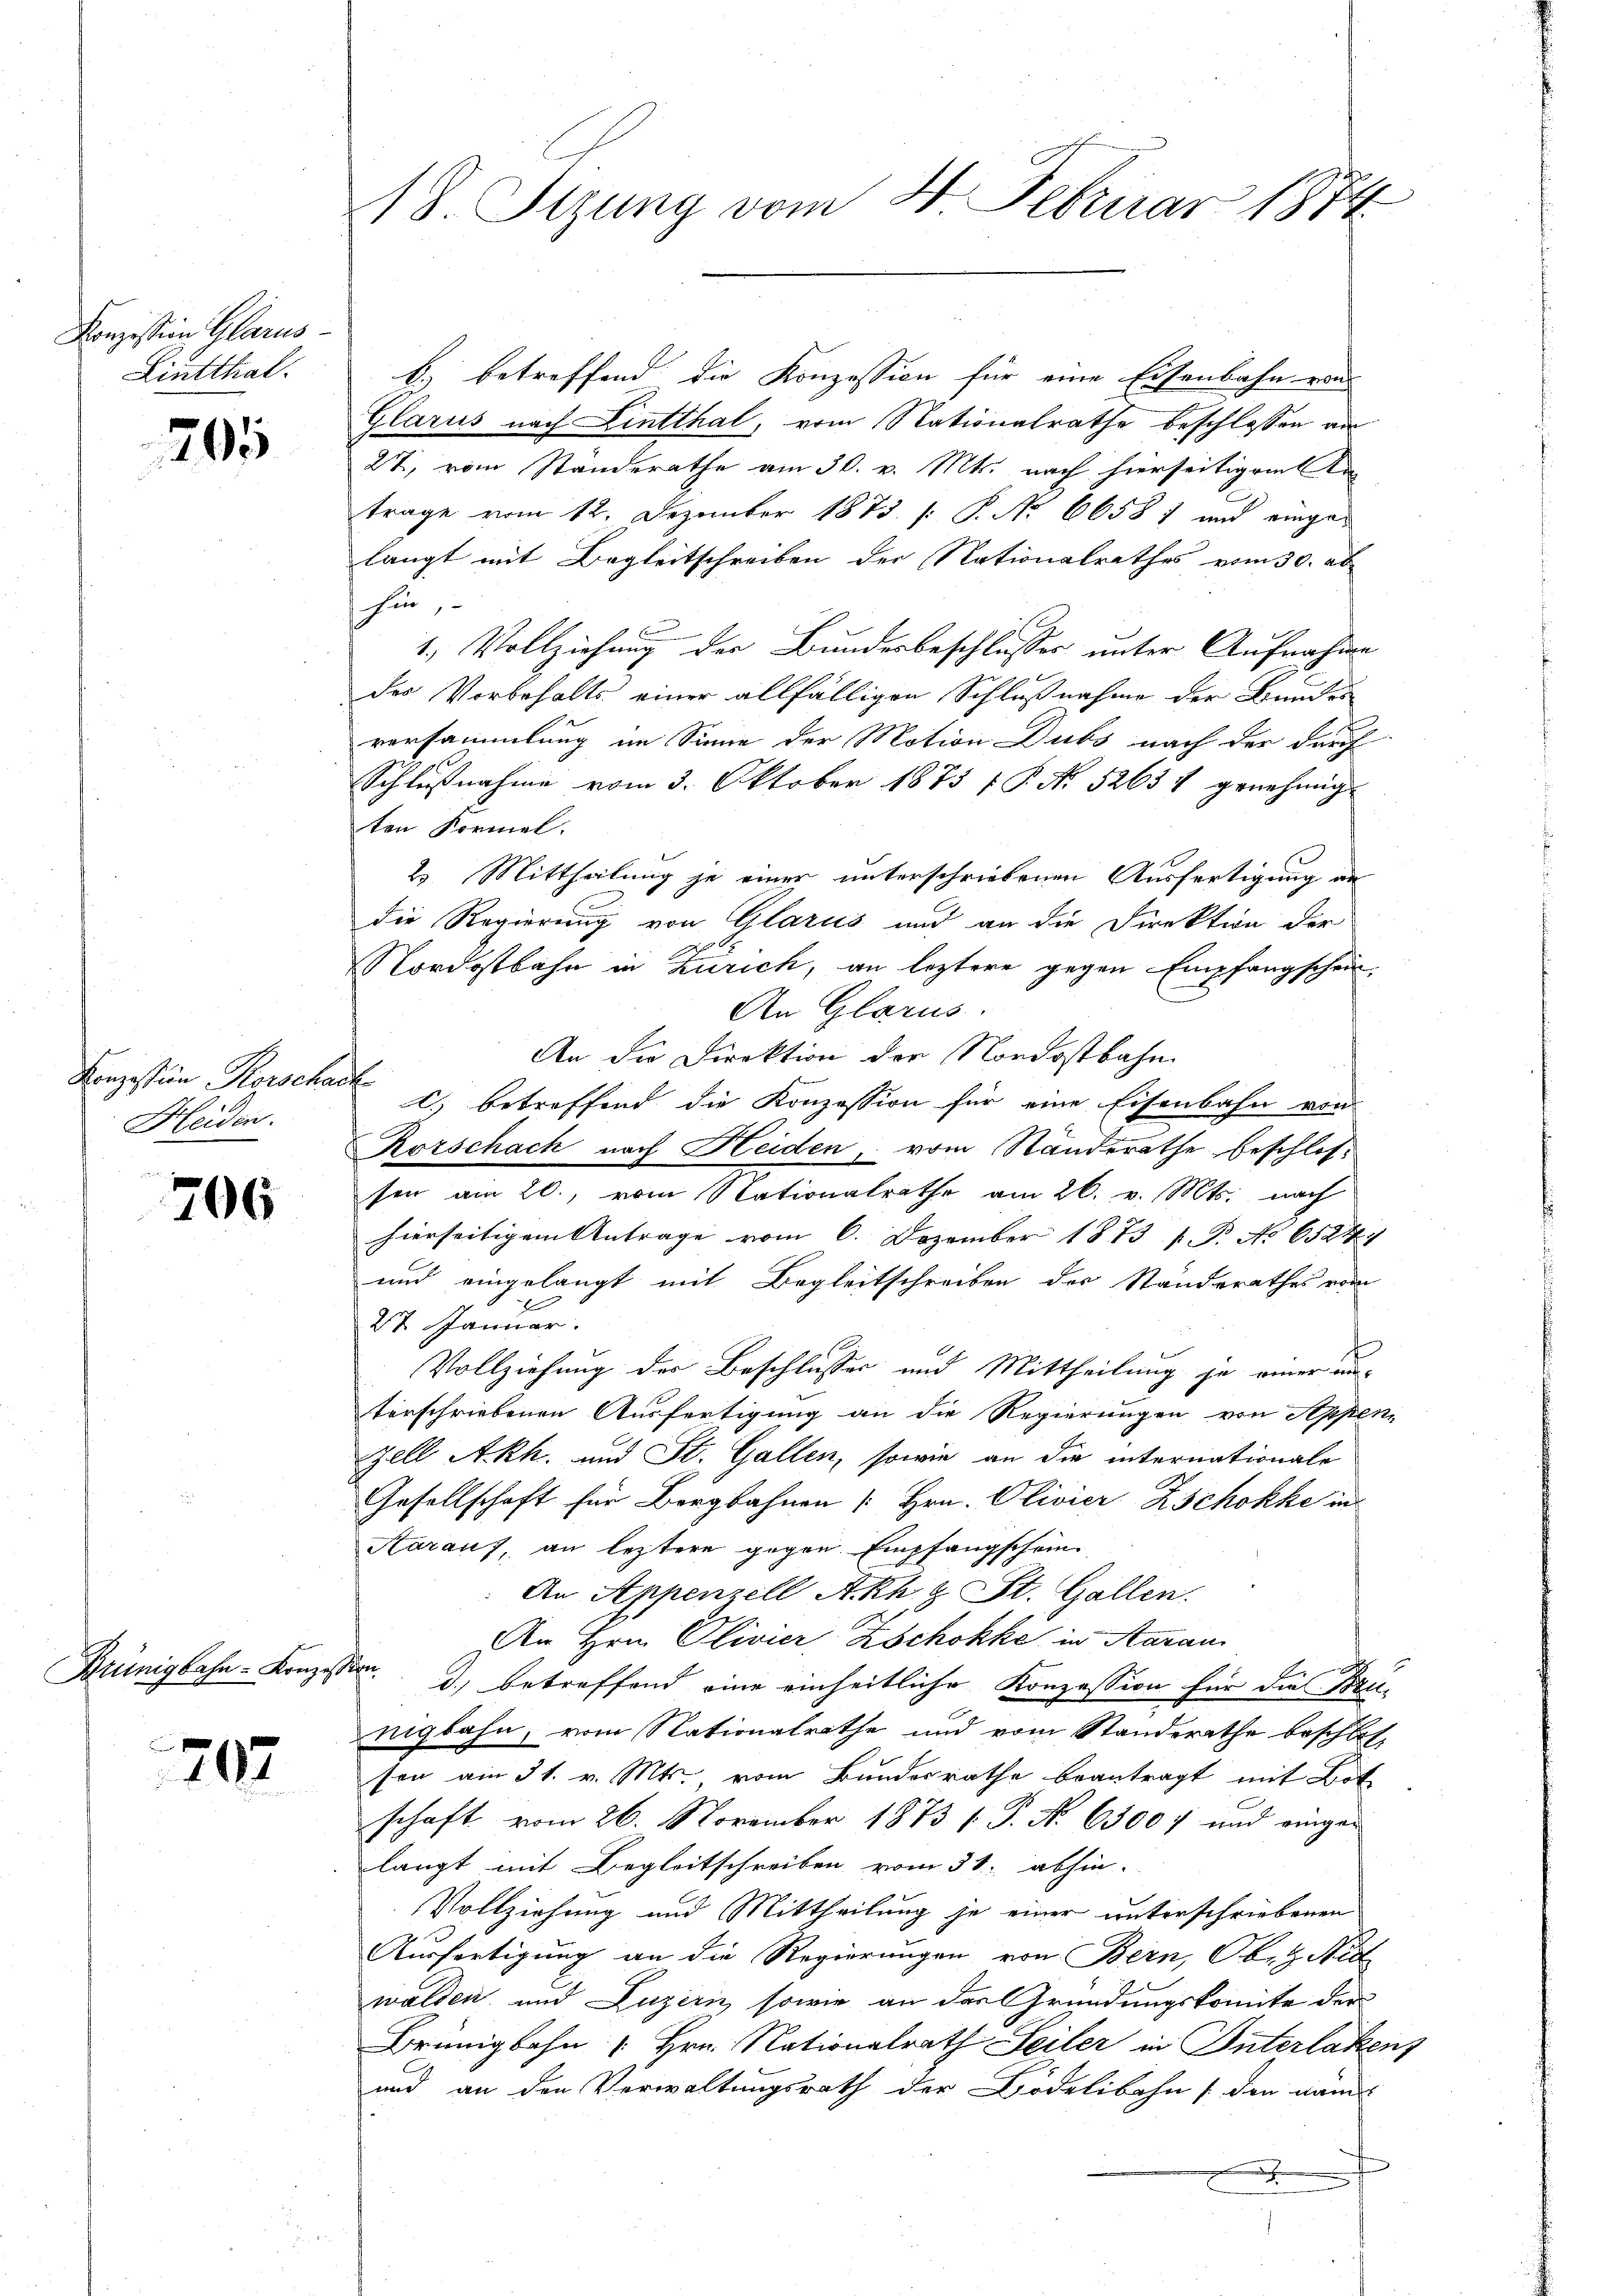
Konzession Glarus
Lintthal.

205

Konzession Horschach
Heiden.

706

Brünigbahn- Konzession.

202

18. Sizung vom 4. Februar 1874.

b) betreffend die Konzession für eine Eisenbahn von
Glarus nach Lintthal, vom Nationalrathe beschlossen an
27, vom Standerathe am 30. v. Mts. nach hierseitigem An
trage vom 12. Dezember 1873. 1. P. No 6658 f und einge-
langt mit Begleitschreiben der Nationalrathes vom 30. ab
han,
1. Vollziehung der Bundesbeschlusses unter Aufnahme
der Vorbehalts einer allfälligen Schlußnahme der Bundes
versammlung im Sinne der Motion Dubs nach der durch
Schlußnahme vom 3. Oktober 1873 f. P. No. 5263 & genehmig
ten Formel.
2. Mittheilung je einer unterschriebenen Ausfertigung an
die Regierung von Glarus und an die Direktion der
Nordostbahn in Zürich, an leztere gegen Empfangschein¬
An Glarus.
An die Direktion der Nordostbahn
c) betreffend die Konzession für eine Eisenbahn von
Rorschach nach Heiden, vom Standerathe beschlossen am 20., vom Nationalrathe am 26. v. Mts. nach
hierseitigem Antrage vom 6. Dezember 1873 s. B. No 65247
und eingelangt mit Begleitschreiben des Standerathes vom
E
2t Januar.
t
Vollziehung der Beschlusses und Mittheilung je einer unverschriebenen Ausfertigung an die Regierungen von Appen-
Zell A.Rh. und St. Gallen, sowie an die internationale
Gesellschaft für Bergbahnen [Hrn. Olivier Zschokke in
Aarauf, an leztere gegen Empfangschein
An Appenzell Akh & St. Gallen.
An Hrn. Olivier Zschokke in Aarau
d.) betreffend eine einheitliche Konzession für die Prünigbahn, vom Nationalrathe und vom Standerathe beschlossen am 31. v. Mts. vom Bundesrathe beantragt mit Bot
schaft vom 26. November 1873 s. S. Nr. 6500 f und einger
langt mit Begleitschreiben vom 31. abhin-
Vollziehung und Mittheilung je einer unterschriebenen
Ausfertigung an die Regierungen von Bern, Oberg Ned
walden, und Luzern, sowie an das Gründungskomite der
Brünigbahn Hrn. Nationalrath Seiler in Interlaken,
und an den Verwaltungsrath der Bödelibahn (den nam
d